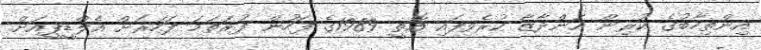
އިންތިހާބުގެ ކުރިން އަންދާޒާ ކުރެވިފައި އޮތީ 1989ގެ ފަހުން ފުރަތަމަ ފަހަރަށް އެލްޑީޕީއަށް